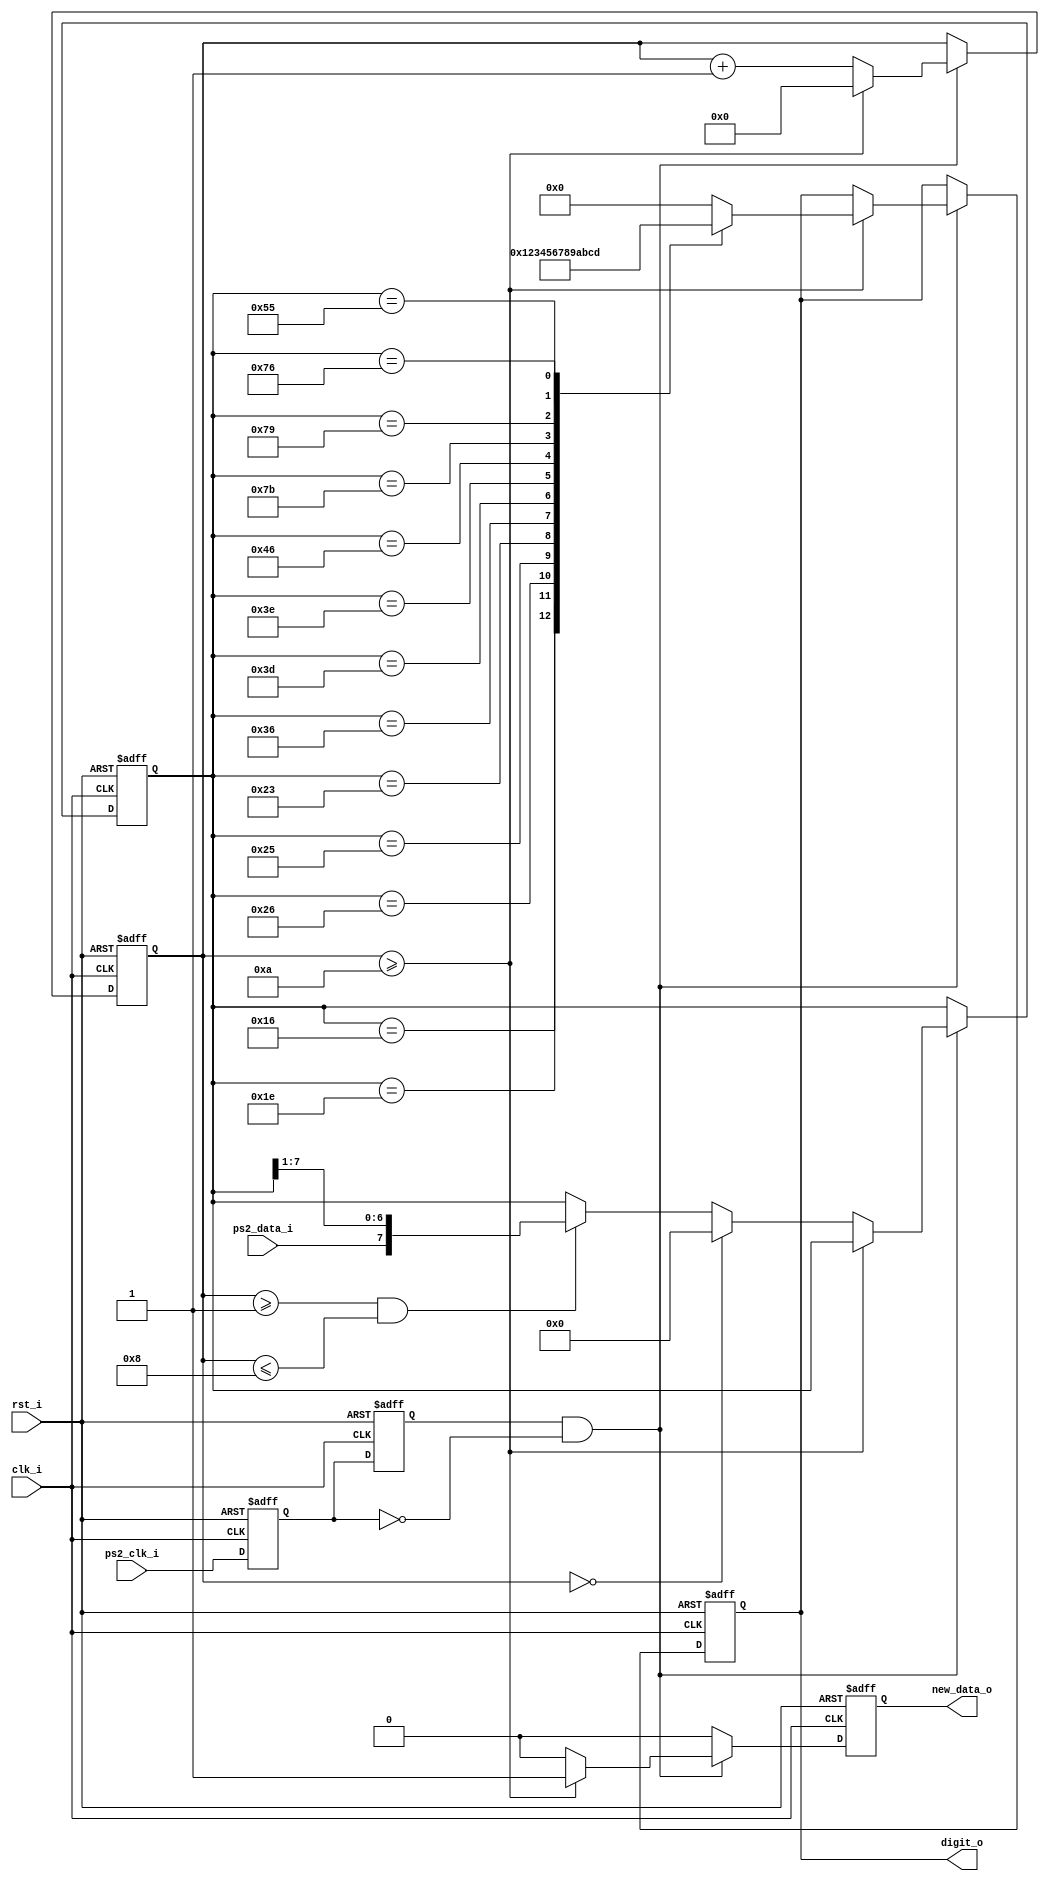
`timescale 1ns / 1ns

module ps2(input clk_i, input rst_i, input ps2_clk_i, input ps2_data_i, output reg [3:0] digit_o, output reg new_data_o);
    function [3:0] ps2_conv;
        input [7:0] code_i;

        case(code_i)
            8'h45: ps2_conv = 4'd0;
            8'h16: ps2_conv = 4'd1;
            8'h1e: ps2_conv = 4'd2;
            8'h26: ps2_conv = 4'd3;
            8'h25: ps2_conv = 4'd4;
            8'h23: ps2_conv = 4'd5;
            8'h36: ps2_conv = 4'd6;
            8'h3d: ps2_conv = 4'd7;
            8'h3e: ps2_conv = 4'd8;
            8'h46: ps2_conv = 4'd9;
            8'h7b: ps2_conv = 4'd10;
            8'h79: ps2_conv = 4'd11;
            8'h55: ps2_conv = 4'd12;
            8'h76: ps2_conv = 4'd13;
            default: ps2_conv = 4'd0;
        endcase
    endfunction

    reg [4:0] counter;

    reg [7:0] digit;
    wire [6:0] digit_sft = digit >> 1;

    reg prev_ps2_clk, curr_ps2_clk;

    always @(posedge clk_i, posedge rst_i) begin
        if(rst_i) begin
            counter <= 0;
            digit <= 0;
            digit_o <= 0;
            prev_ps2_clk <= 0;
            curr_ps2_clk <= 0;
            new_data_o <= 0;
        end
        else if(clk_i) begin
            prev_ps2_clk <= curr_ps2_clk;
            curr_ps2_clk <= ps2_clk_i;

            new_data_o <= 0;

            if(prev_ps2_clk == 1 && curr_ps2_clk == 0) begin
                if(counter >= 10) begin
                    counter <= 0;
                    digit_o <= ps2_conv(digit);
                    new_data_o <= 1;
                end
                else begin
                    counter <= counter + 1;

                    if(counter == 0) begin
                        digit <= 0;
                    end
                    else if(counter >= 1 && counter <= 8) begin
                        digit <= {ps2_data_i, digit_sft};
                    end
                end
            end
        end
    end
endmodule